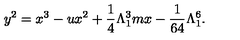
y ^ { 2 } = x ^ { 3 } - u x ^ { 2 } + \frac { 1 } { 4 } \Lambda _ { 1 } ^ { 3 } m x - \frac { 1 } { 6 4 } \Lambda _ { 1 } ^ { 6 } .